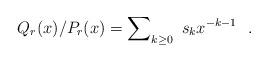
LaTeX: \begin{align*} {Q_{r} (x)}/{P_{r}(x) } = \sum\nolimits_{k \geq 0 } \ { s_{k}}{x^{-k-1}} \ \ .\end{align*}